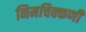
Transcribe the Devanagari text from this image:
निमचिक्कणी